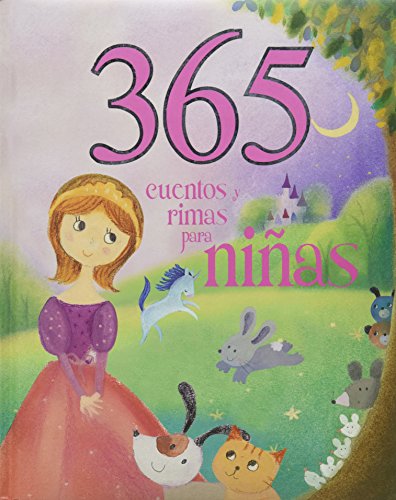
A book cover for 365 Cuentos y Rimas Para Ninas (Spanish Edition) (365 Stories Treasury); Parragon Books; Children's Books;